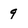
Character: 9